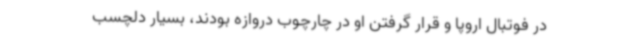
در فوتبال اروپا و قرار گرفتن او در چارچوب دروازه بودند، بسیار دلچسب